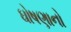
ઘોષણાનો